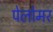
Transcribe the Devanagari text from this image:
पेलोमर